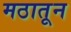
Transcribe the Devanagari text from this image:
मठातून